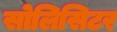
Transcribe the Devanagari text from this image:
सोलिसिटर